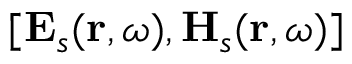
[ \mathbf { E } _ { s } ( \mathbf { r } , \omega ) , \mathbf { H } _ { s } ( \mathbf { r } , \omega ) ]